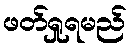
ဖတ်ရှုရမည်